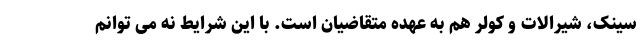
سینک، شیرالات و کولر هم به عهده متقاضیان است. با این شرایط نه می توانم